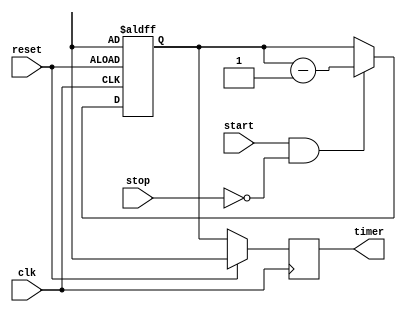
module countdown_timer(
    input wire clk, // Clock signal
    input wire reset, // Reset signal
    input wire start, // Start signal
    input wire stop, // Stop signal
    output reg [7:0] timer // Countdown timer value
);

reg [7:0] preset_value; // Preset value for the countdown timer
reg [7:0] countdown_value; // Current countdown value

always @(posedge clk or posedge reset) begin
    if (reset)
        countdown_value <= preset_value; // Reset countdown value to preset value
    else if (start && !stop)
        countdown_value <= countdown_value - 1; // Decrement countdown value at each clock cycle
end

always @(posedge clk) begin
    if (reset)
        timer <= preset_value; // Reset timer output to preset value
    else
        timer <= countdown_value; // Update timer output with current countdown value
end

// Additional logic for synchronization with other components in the system

endmodule